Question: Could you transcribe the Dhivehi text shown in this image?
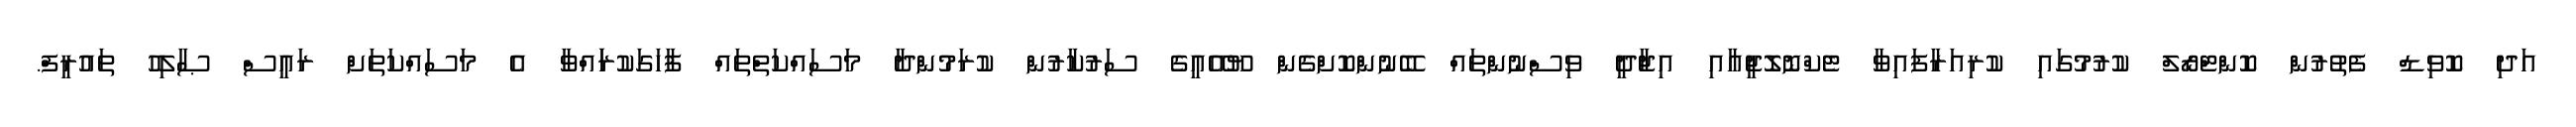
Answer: އަދި ކޮވިޑް ފެތުރުން ކޮންޓްރޯލް ކުރުމުގައި ކުރިއަރާފައިވާ ޓެކްނޮލޮޖީއާއި އިޖާދީ ވިސްނުންތައް ބޭނުންކޮށްގެން ޔޫއޭއީގެ ސަރުކާރުން ކުރަމުންދާ މަސައްކަތްތައް ފާހަގަކުރަައްވާ އެ މަސައްކަތަށް ރައީސް ޞާލިހު ތައުރީފް.